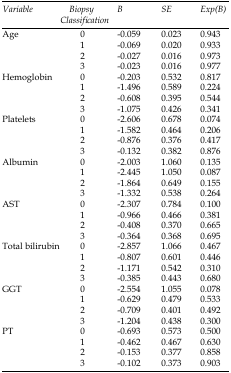
| Variable | Biopsy Classification | B | SE | Exp(B) |
 | --- | --- | --- | --- | --- |
 | <ROWSPAN=4> Age | 0 | -0.059 | 0.023 | 0.943 |
 | 1 | -0.069 | 0.020 | 0.933 |
 | 2 | -0.027 | 0.016 | 0.973 |
 | 3 | -0.023 | 0.016 | 0.977 |
 | <ROWSPAN=4> Hemoglobin | 0 | -0.203 | 0.532 | 0.817 |
 | 1 | -1.496 | 0.589 | 0.224 |
 | 2 | -0.608 | 0.395 | 0.544 |
 | 3 | -1.075 | 0.426 | 0.341 |
 | <ROWSPAN=4> Platelets | 0 | -2.606 | 0.678 | 0.074 |
 | 1 | -1.582 | 0.464 | 0.206 |
 | 2 | -0.876 | 0.376 | 0.417 |
 | 3 | -0.132 | 0.382 | 0.876 |
 | <ROWSPAN=4> Albumin | 0 | -2.003 | 1.060 | 0.135 |
 | 1 | -2.445 | 1.050 | 0.087 |
 | 2 | -1.864 | 0.649 | 0.155 |
 | 3 | -1.332 | 0.538 | 0.264 |
 | <ROWSPAN=4> AST | 0 | -2.307 | 0.784 | 0.100 |
 | 1 | -0.966 | 0.466 | 0.381 |
 | 2 | -0.408 | 0.370 | 0.665 |
 | 3 | -0.364 | 0.368 | 0.695 |
 | <ROWSPAN=4> Total bilirubin | 0 | -2.857 | 1.066 | 0.467 |
 | 1 | -0.807 | 0.601 | 0.446 |
 | 2 | -1.171 | 0.542 | 0.310 |
 | 3 | -0.385 | 0.443 | 0.680 |
 | <ROWSPAN=4> GGT | 0 | -2.554 | 1.055 | 0.078 |
 | 1 | -0.629 | 0.479 | 0.533 |
 | 2 | -0.709 | 0.401 | 0.492 |
 | 3 | -1.204 | 0.438 | 0.300 |
 | <ROWSPAN=4> PT | 0 | -0.693 | 0.573 | 0.500 |
 | 1 | -0.462 | 0.467 | 0.630 |
 | 2 | -0.153 | 0.377 | 0.858 |
 | 3 | -0.102 | 0.373 | 0.903 |